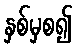
နှစ်မှစ၍